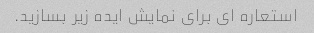
استعاره ای برای نمایش ایده زیر بسازید.